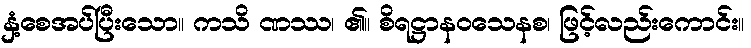
နှံ့စေအပ်ပြီးသော။ ကသိ ဏဿ၊ ၏။ စိရဋ္ဌာနဝသေနစ၊ ဖြင့်လည်းကောင်း။